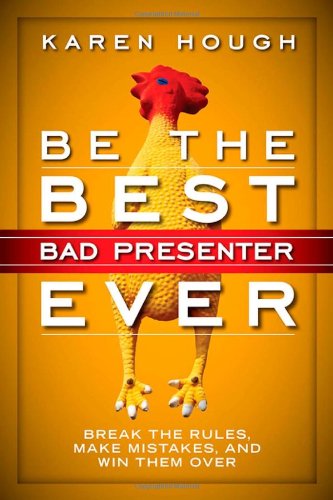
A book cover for Be the Best Bad Presenter Ever: Break the Rules, Make Mistakes, and Win Them Over; Karen Hough; Business & Money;